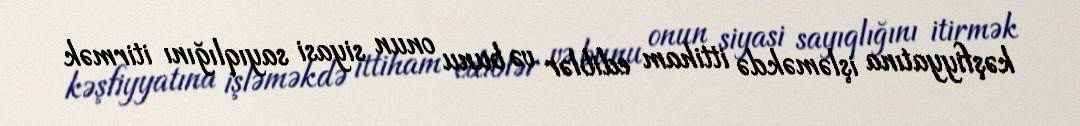
kəşfiyyatına işləməkdə ittiham ediblər və bunu onun siyasi sayıqlığını itirmək